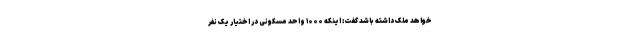
خواهد ملک داشته باشد گفت: اینکه ۱۰۰۰ واحد مسکونی در اختیار یک نفر